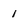
Character: 1